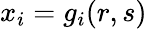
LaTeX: x_{i}=g_{i}(r,s)